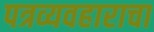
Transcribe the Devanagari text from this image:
पत्रव्यवहाराचा